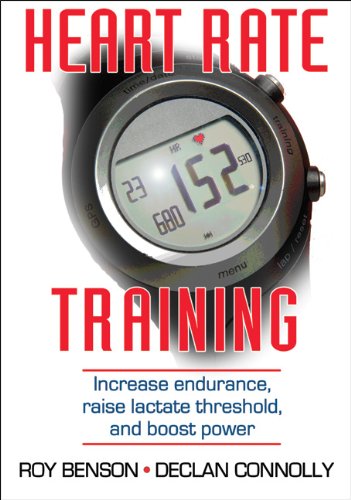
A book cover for Heart Rate Training; Roy Benson; Health, Fitness & Dieting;